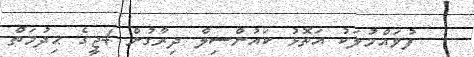
ފުވައްމުލަކު އަތޮޅު ކައުންސިލް ދިރާގުން 4ޖީގެ ޙިދުމަތް